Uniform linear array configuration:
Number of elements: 8
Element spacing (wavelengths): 1
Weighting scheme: hamming
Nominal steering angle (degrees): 0
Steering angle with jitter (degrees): -0.4841
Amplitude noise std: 0.05
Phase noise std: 0.05

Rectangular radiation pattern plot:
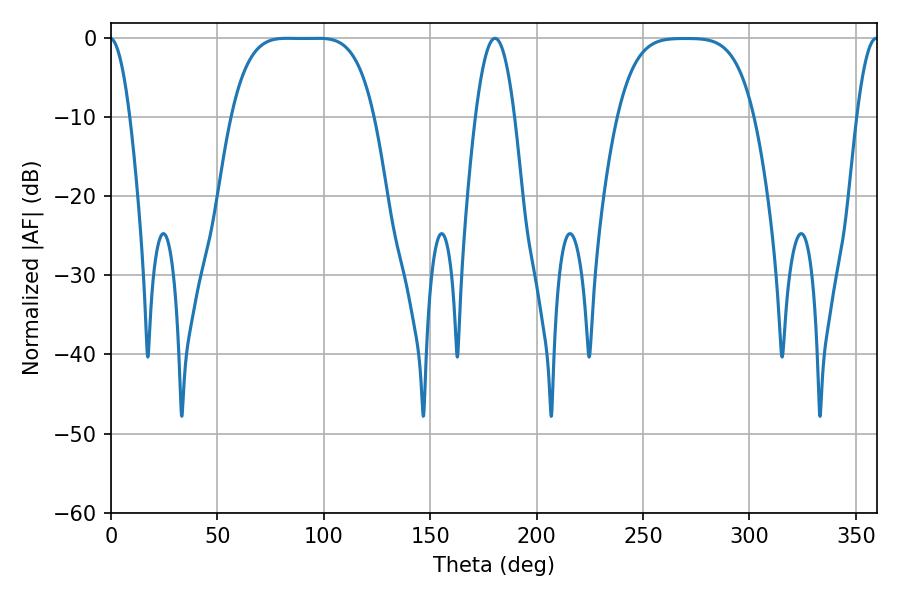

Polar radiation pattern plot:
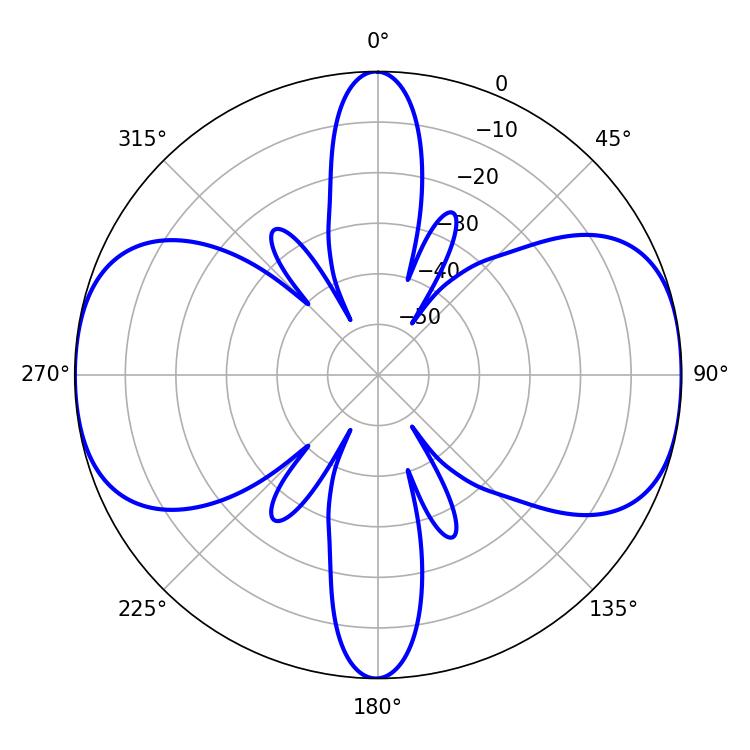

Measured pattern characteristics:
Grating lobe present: TRUE
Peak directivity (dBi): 14.461
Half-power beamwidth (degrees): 50.76
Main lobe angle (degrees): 82.8